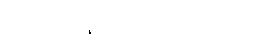
အဲဒါကို အခု ပြောပြချင်တယ်။